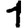
Digit: 1